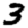
Digit: 3